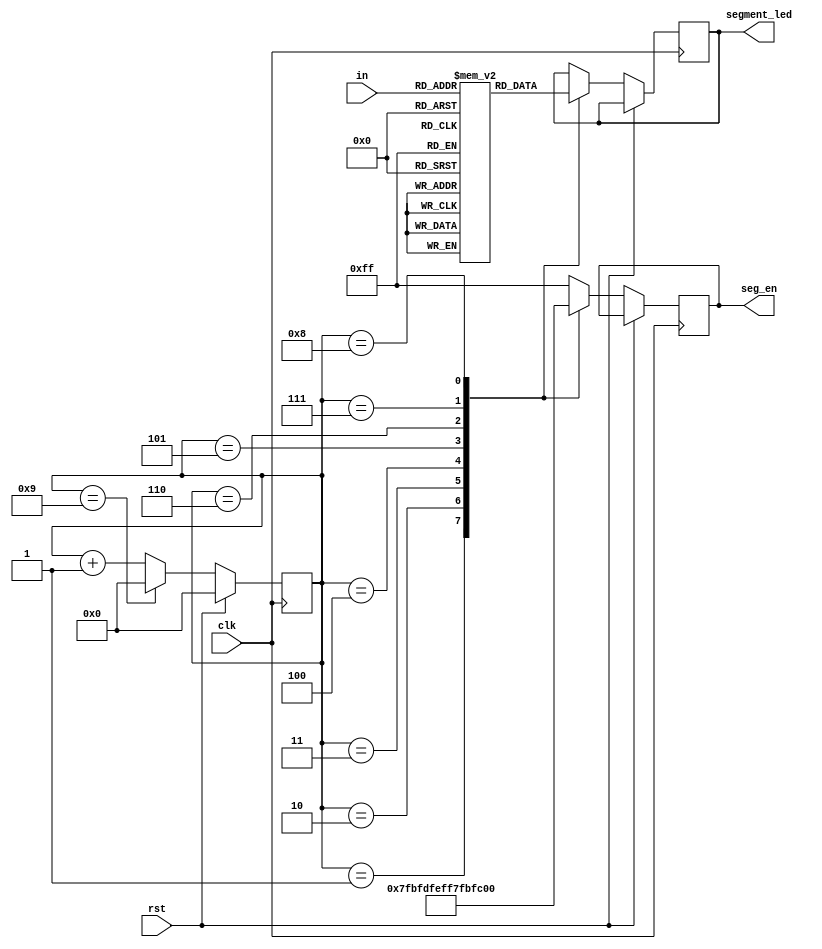
module x_optput_7segment(
input clk,rst,//clock and reset  high-active
input [31:0] in,//input data
output reg [7:0] segment_led, //seven segment tube
output reg [7:0] seg_en//enable signal for seven segment tube
    );
    
    reg[7:0] seg [15:0]; //data for decode
    initial 
        begin
            seg[0] = 8'b11000000;   //  0
            seg[1] = 8'b11111001;   //  1
            seg[2] = 8'b10100100;   //  2
            seg[3] = 8'b10110000;   //  3
            seg[4] = 8'b10011001;   //  4
            seg[5] = 8'b10010010;   //  5
            seg[6] = 8'b10000010;   //  6
            seg[7] = 8'b11111000;   //  7
            seg[8] = 8'b10000000;   //  8
            seg[9] = 8'b10010000;   //  9
            seg[10]= 8'b10001000;   //  A
            seg[11]= 8'b10000011;   //  b
            seg[12]= 8'b11000110;   //  C
            seg[13]= 8'b10100001;   //  d
            seg[14]= 8'b10000110;   //  E
            seg[15]= 8'b10001110;   //  F
        end
        
     wire[3:0] div_data[7:0];
     assign div_data[0] = in[3:0];
     assign div_data[1] = in[7:4];
     assign div_data[2] = in[11:8];
     assign div_data[3] = in[15:12];
     assign div_data[4] = in[19:16];
     assign div_data[5] = in[23:20];
     assign div_data[6] = in[27:24];
     assign div_data[7] = in[31:28];
     
     reg[3:0] select_cnt = 0;
     always@(posedge clk)
     begin
         if(rst)
         begin
             select_cnt=1'b0;
         end
         else if(select_cnt==4'd9)
         begin
             select_cnt=1'b0;
         end
         else
         begin
             select_cnt=select_cnt+1'b1;
         end
     end
     
     always@(posedge clk)
     begin
        if(!rst)
            case(select_cnt)
                4'd1:
                begin
                    seg_en = 8'b01111111;
                    segment_led = seg[div_data[7]];
                end
                4'd2:
                begin
                    seg_en = 8'b10111111;
                    segment_led = seg[div_data[6]];
                end
                4'd3:
                begin
                    seg_en = 8'b11011111;
                    segment_led = seg[div_data[5]];
                end
                4'd4:
                begin
                    seg_en = 8'b11101111;
                    segment_led = seg[div_data[4]];
                end
                4'd5:
                begin
                    seg_en = 8'b11110111;
                    segment_led = seg[div_data[3]];
                end
                4'd6:
                begin
                    seg_en = 8'b11111011;
                    segment_led = seg[div_data[2]];
                end
                4'd7:
                begin
                    seg_en = 8'b11111101;
                    segment_led = seg[div_data[1]];
                end
                4'd8:
                begin
                    seg_en = 8'b11111110;
                    segment_led = seg[div_data[0]];
                end
                default:
                seg_en = 8'b1111_1111;
          endcase
     end
endmodule